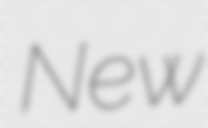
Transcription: New